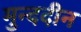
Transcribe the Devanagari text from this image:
मुन्ददीन